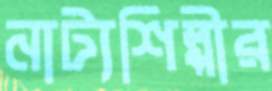
নাট্যশিল্পীর